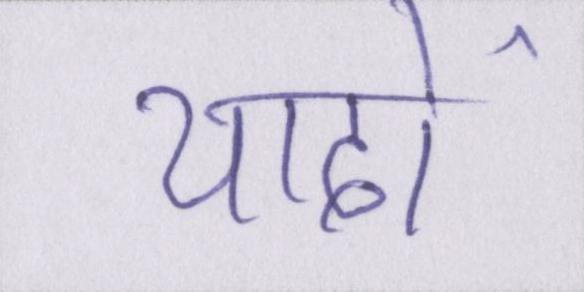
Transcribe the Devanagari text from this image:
यादों